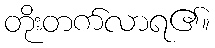
တိုးတက်လာရ၏။